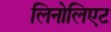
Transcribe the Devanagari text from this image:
लिनोलिएट